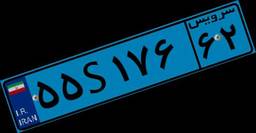
۵۵S۱۷۶۶۲